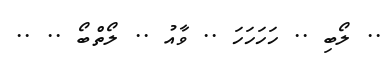
.. ލޯބި .. ހަހަހަހަ .. ވާއު .. ލޯތްބޯ .. ..